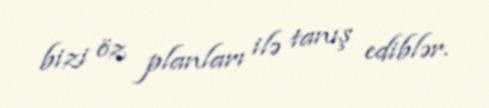
bizi öz planları ilə tanış ediblər.